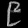
Digit: ၉